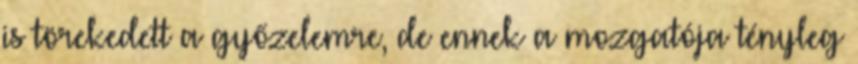
is törekedett a győzelemre, de ennek a mozgatója tényleg